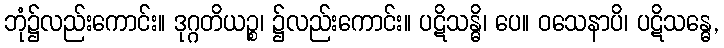
ဘုံ၌လည်းကောင်း။ ဒုဂ္ဂတိယဉ္စ၊ ၌လည်းကောင်း။ ပဋိသန္ဓိ၊ ပေ။ ဝသေနာပိ၊ ပဋိသန္ဓေ,